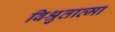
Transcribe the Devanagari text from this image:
विश्रुतात्मा